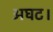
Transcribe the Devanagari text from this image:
अघट।